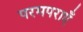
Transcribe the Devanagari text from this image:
परमपराएँ